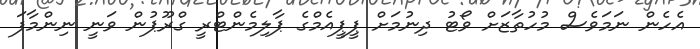
އެހެން ނަމަވެސް މުހުތާޒަށް ވޯޓު ދިނުމަށް ޕީޕީއެމްގެ ޕާލިމެންޓްރީ ގްރޫޕުން ވަނީ ނިންމާފަ